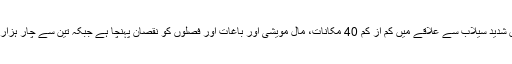
اسٹنٹ کمشنر چترال عالمگیر خان کے مطابق شدید سیلاب سے علاقے میں کم از کم 40 مکانات، مال مویشی اور باغات اور فصلوں کو نقصان پہنچا ہے جبکہ تین سے چار ہزار کی آبادی محفوظ مقامات پر منتقل ہوئی ہے۔